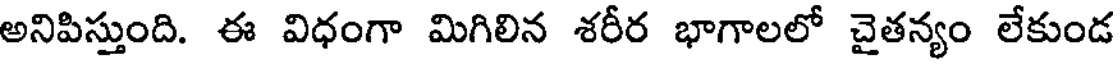
అనిపిస్తుంది. ఈ విధంగా మిగిలిన శరీర భాగాలలో చైతన్యం లేకుండ